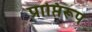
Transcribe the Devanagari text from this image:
प्राप्तिरूप